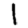
Digit: 1